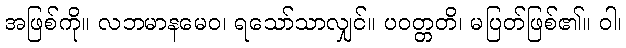
အဖြစ်ကို။ လဘမာနမေဝ၊ ရသော်သာလျှင်။ ပဝတ္တတိ၊ မပြတ်ဖြစ်၏။ ဝါ၊